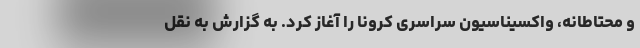
و محتاطانه، واکسیناسیون سراسری کرونا را آغاز کرد. به گزارش به نقل